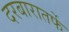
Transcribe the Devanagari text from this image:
दरबारातर्फे